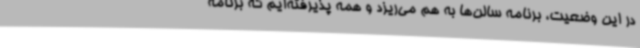
در این وضعیت، برنامه سالن‌ها به هم می‌ریزد و همه پذیرفته‌ایم که برنامه